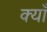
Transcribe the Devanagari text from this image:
क्याँ